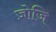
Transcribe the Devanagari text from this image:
ज़ोजि